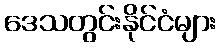
ဒေသတွင်းနိုင်ငံများ